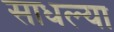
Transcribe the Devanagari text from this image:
साधल्या